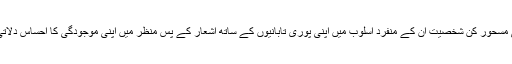
ان کی مسحور کن شخصیت ان کے منفرد اسلوب میں اپنی پوری تابانیوں کے ساتھ اشعار کے پس منظر میں اپنی موجودگی کا احساس دلاتی ہے۔